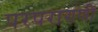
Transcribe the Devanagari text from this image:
परपरागणी